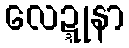
လေဍ္ဍုနာ